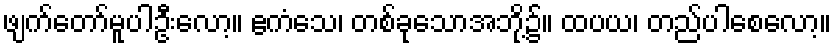
ဖျက်တော်မူပါဦးလော့။ ဧကံသေ၊ တစ်ခုသောအဘို့၌။ ထပယ၊ တည်ပါစေလော့။